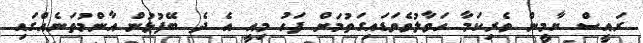
ރައީސް ޔާމީން ވެރިކަމާ ހަވާލުވެވަޑައިގަތުމަށް ފަހު މިއީ އެ ދެ ބޭފުޅުން އާންމުތަނެއްގައި